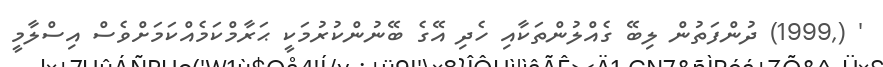
' (